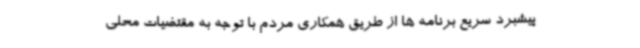
پیشبرد سریع برنامه ها از طریق همکاری مردم با توجه به مقتضیات محلی